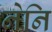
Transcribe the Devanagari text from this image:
नेनि